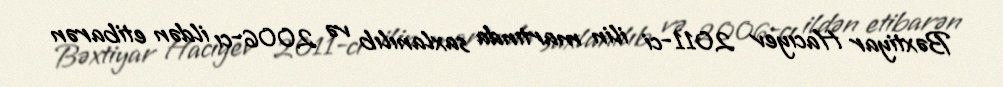
Bəxtiyar Hacıyev 2011-ci ilin martında saxlanılıb və 2006-cı ildən etibarən